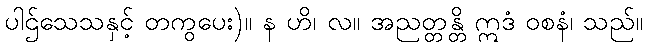
ပါဌ်သေသနှင့် တကွပေး)။ န ဟိ၊ လ။ အညတ္တန္တိ ဣဒံ ဝစနံ၊ သည်။